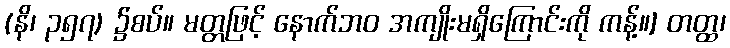
(နိ၊ ၃၅၇) ၌စပ်။ မတ္တဖြင့် နောက်ဘဝ အကျိုးမရှိကြောင်းကို ကန့်။] တတ္ထ၊